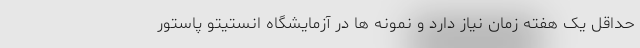
حداقل یک هفته زمان نیاز دارد و نمونه ها در آزمایشگاه انستیتو پاستور